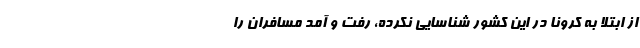
از ابتلا به کرونا در این کشور شناسایی نکرده، رفت و آمد مسافران را